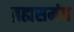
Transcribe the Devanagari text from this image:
ब्रह्मसमंध